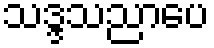
သဒ္ဒသညာပေ